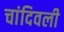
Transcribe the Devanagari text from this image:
चांदिवली